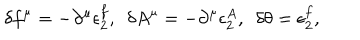
\delta f ^ { \mu } = - \partial ^ { \mu } \epsilon _ { 2 } ^ { f } , ~ ~ \delta A ^ { \mu } = - \partial ^ { \mu } \epsilon _ { 2 } ^ { A } , ~ ~ \delta \theta = \epsilon _ { 2 } ^ { f } ,